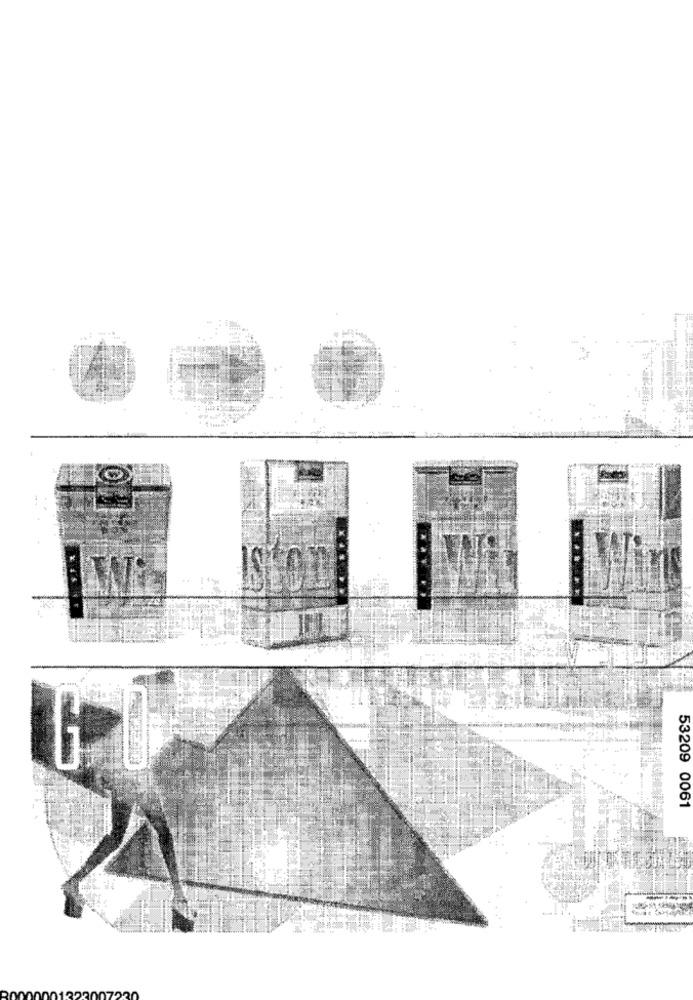
53209 0061